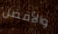
والأفضل